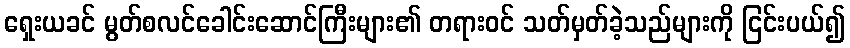
ရှေးယခင် မွတ်စလင်ခေါင်းဆောင်ကြီးများ၏ တရားဝင် သတ်မှတ်ခဲ့သည်များကို ငြင်းပယ်၍